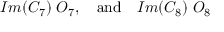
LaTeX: I m ( C _ { 7 } ) \; O _ { 7 } , \quad \mathrm { a n d } \quad I m ( C _ { 8 } ) \; O _ { 8 }